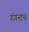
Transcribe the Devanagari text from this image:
गंगनाथ